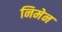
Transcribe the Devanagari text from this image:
निमेन